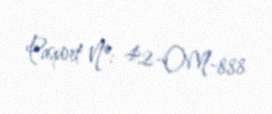
Pasport №: 42-OM-888